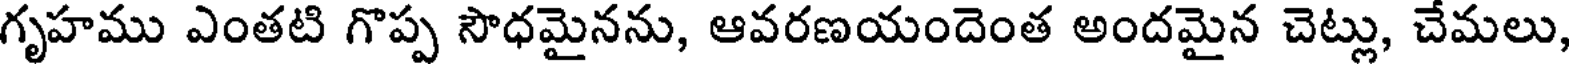
గృహము ఎంతటి గొప్ప సౌధమైనను, ఆవరణయందెంత అందమైన చెట్లు, చేమలు,